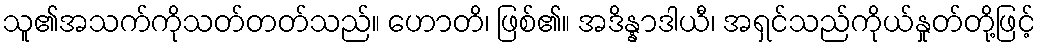
သူ၏အသက်ကိုသတ်တတ်သည်။ ဟောတိ၊ ဖြစ်၏။ အဒိန္နာဒါယီ၊ အရှင်သည်ကိုယ်နှုတ်တို့ဖြင့်